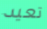
تعيد